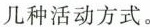
几种活动方式。